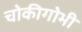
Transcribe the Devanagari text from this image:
चोकीगोभी